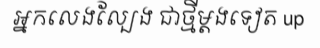
អ្នកលេងល្បែង ជាថ្មីម្តងទៀត up